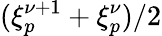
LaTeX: (\xi_{p}^{\nu+1}+\xi_{p}^{\nu})/2